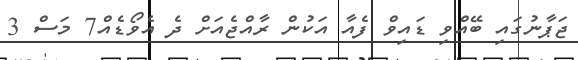
ޖަޕާނުގައި ބޭއްވި ޑައިވް ފެއާ އަކުން ރާއްޖެއަށް ދެ އެވޯޑެއް7 މަސް 3